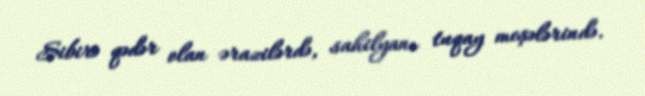
Sibirə qədər olan ərazilərdə, sahilyanı tuqay meşələrində.